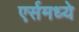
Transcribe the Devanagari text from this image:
एर्समध्ये